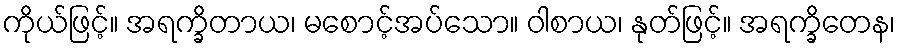
ကိုယ်ဖြင့်။ အရက္ခိတာယ၊ မစောင့်အပ်သော။ ဝါစာယ၊ နုတ်ဖြင့်။ အရက္ခိတေန၊